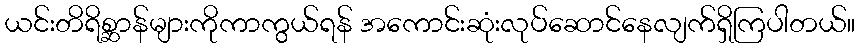
ယင်းတိရိစ္ဆာန်များကိုကာကွယ်ရန် အကောင်းဆုံးလုပ်ဆောင်နေလျက်ရှိကြပါတယ်။